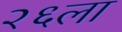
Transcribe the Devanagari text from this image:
२६ला